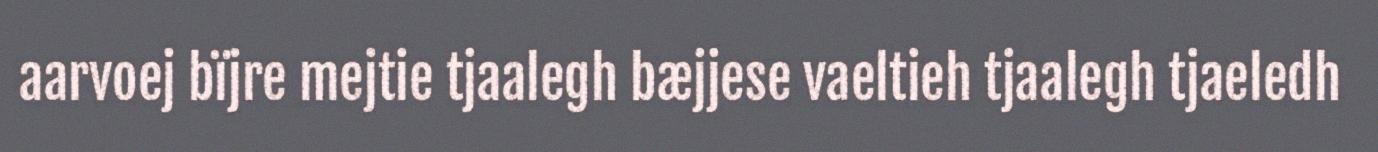
aarvoej bïjre mejtie tjaalegh bæjjese vaeltieh tjaalegh tjaeledh